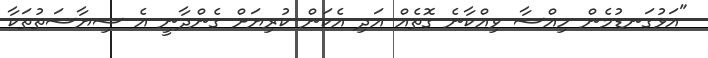
"އަޅުގަނޑުމެން ހިއްސާ ވިއްކާނެ ގޮތެއް އަދި އެކަން ކުރިޔަށް ގެންދާނީ އެ ސިޔާސަތުތަކާ